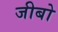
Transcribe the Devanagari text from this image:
जीबो